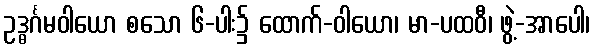
ဥဒ္ဓင်္ဂမဝါယော စသော ၆-ပါး၌ ထောက်-ဝါယော၊ မာ-ပထဝီ၊ ဖွဲ့-အာပေါ၊